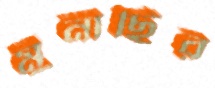
মুনাছির